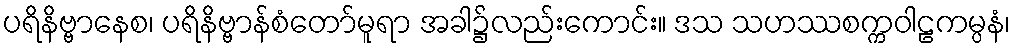
ပရိနိဗ္ဗာနေစ၊ ပရိနိဗ္ဗာန်စံတော်မူရာ အခါ၌လည်းကောင်း။ ဒသ သဟဿစက္ကဝါဠကမ္ပနံ၊